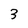
Character: 3